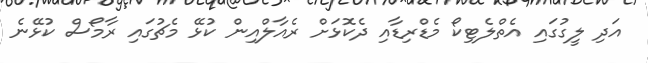
އަދި ލީގުގައި އެތްލެޓިކޯ މެޑްރިޑާއި ދެކޮޅަށް ރެއާލްއިން ކުޅޭ މެޗުގައި ރާމޯސް ކުޅޭނެ